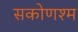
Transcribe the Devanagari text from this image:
सकोणश्म